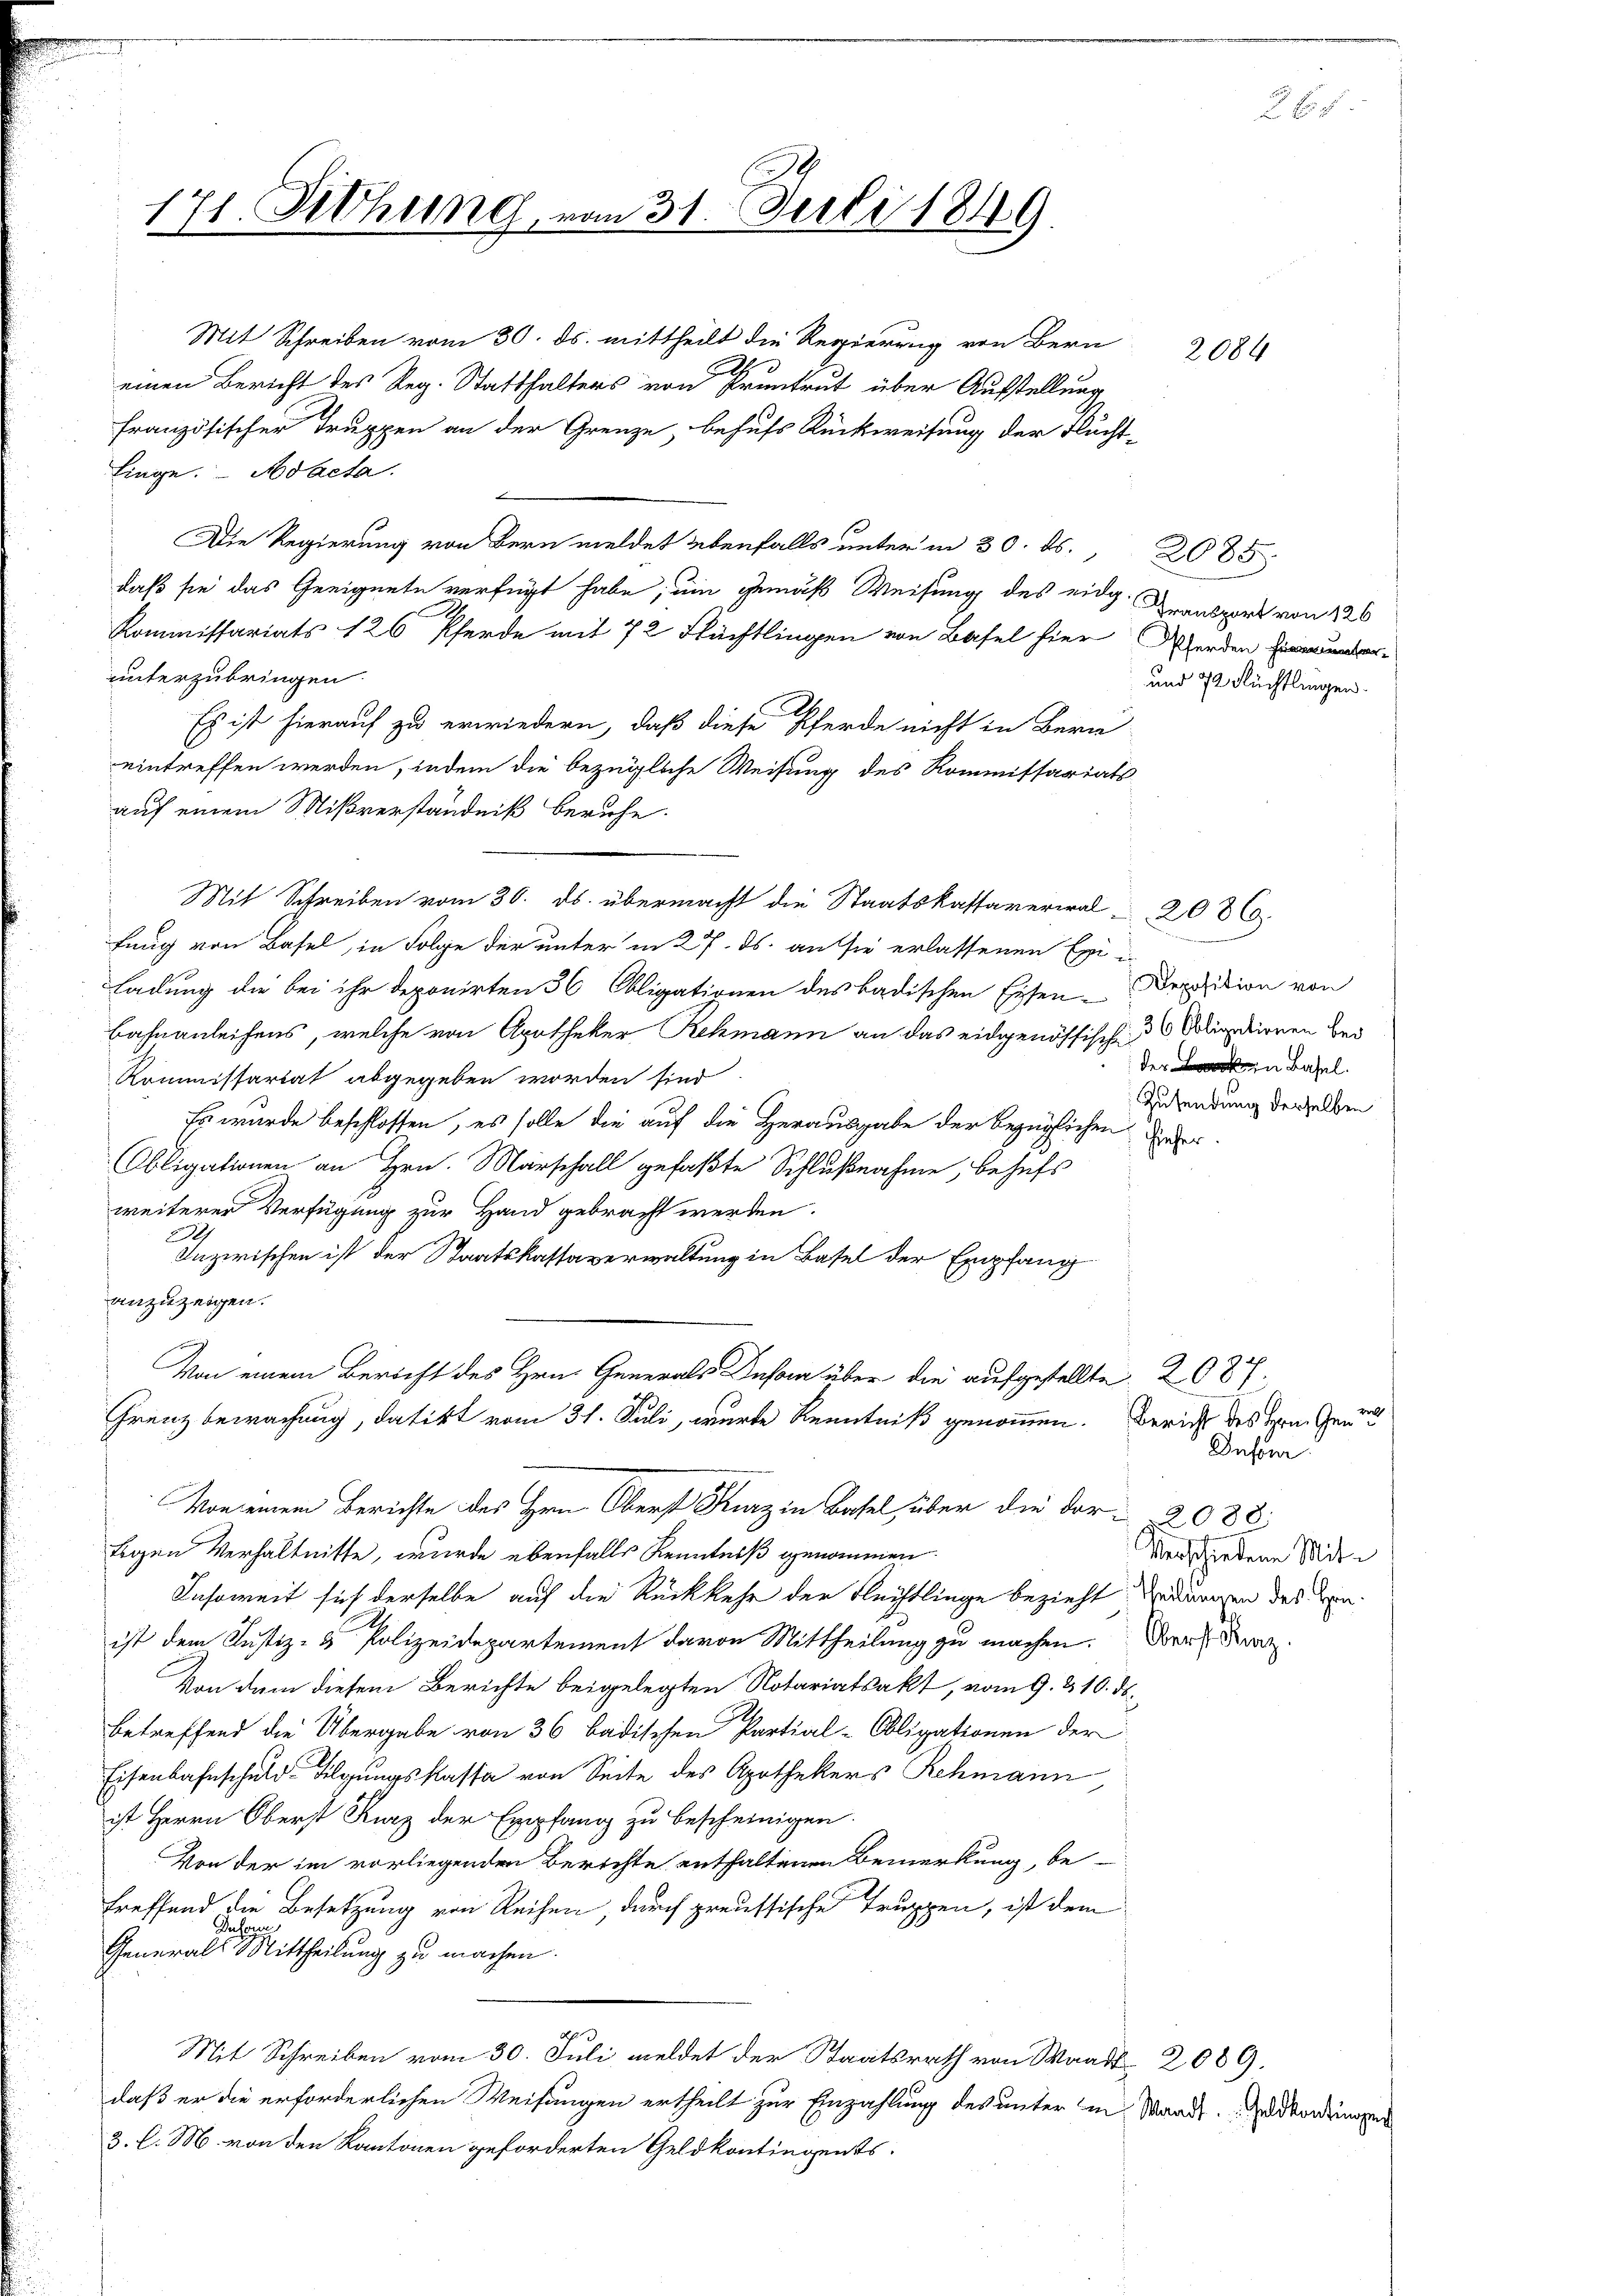
171. Fiehung, vom 31. Juli 1849

Mit Schreiben vom 30. ds. mittheilt die Regierung von Bern
einen Bericht des Reg. Statthalters von Pruntrut über Aufstellung
französischer Truppen an der Grenze, behufs Rückweisung der Flucht-
linge. Adacta.
Die Regierung von Bern meldet ebenfalls unterm 30. ds. 2085
daß sie das Geeignete verfügt habe, um gemäß Weisung des eidg.
Kommissariats 126 Pferde mit 72 Stüchtlingen von Basel hier Werden unter-
unterzubringen.
Es ist hierauf zu erwiedern, daß diese Pferde nicht in Bern
eintreffen werden, indem die bezügliche Weisung des Kommissariats
auf einem Mißverständniß beruhe.
Mit Schreiben vom 30. ds. übermacht die Staatskassaverial 2036.
fung von Basel, in Folge der unter in 27. ds. auf sie erlassenen Exi
ladung die bei ihr deponirten 36 Obligationen des badischen Eisen-Deposition von
Bahnanleihens, welche von Apotheker Rekmann an das eidgenössische Aligationen ber
Kommissariat abgegeben worden sind
Es wurde beschlossen, es solle die auf die Herausgabe der bezüglichen der
Obligationen an Hrn. Marschall gefaßte Schlußnahme, behufs
weiterer Verfügung zur Hand gebracht werden.
2
Inzwischen ist der Staatskassaverwaltung in Basel der Empfang
anzuzeigen.
Von einem Bericht des Hrn. Generals Duson über die aufgestellte. 2087.
Grenz bewachung, datikt vom 31. Juli, wurde Kenntniß genommen. Bericht des Hrn. Gen
Von einem Berichte des Hrn. Oberst Kurz in Basel über die dor-2088
Eigen Verhältnisse, wurde ebenfalls Kenntniß genommen.
Insoweit sich derselbe auf die Rückkehr der Flechtlinge bezieht duren das Conist dem Justiz- & Polizeidepartement davon Mittheilung zu machen. Der Erz
Von dem diesem Berichte beigelegten Notariatsakt, vom 9. & 10. ds.
betreffend die Übergabe von 36 badischen Partial-Obligationen der
Eisenbahnschuldigungskassa von Seite des Apothekers Rehmann
ist Herrn Oberst Kurz der Empfang zu bescheinigen.
Von der im vorliegenden Berichte enthaltenen Bemerkung, be-
treffend die Besetzung von Reihen, durch preussische Truppen, ist dem
Duhone
Generals Mittheilung zu machen.
Mit Schreiben vom 30. Juli meldet der Staatsrath von Waadt 2089.
daß er die erforderlichen Weisungen ertheilt zur Einzahlung des unter in Waadt. In ording
3. l. M. von den Kantonen geforderten Geldkontingents.

2084

Transport von 126
und 72 Flüchtlingen.

der in Basel.
Zusendung derselben

Infor
Verschiedene Mit¬